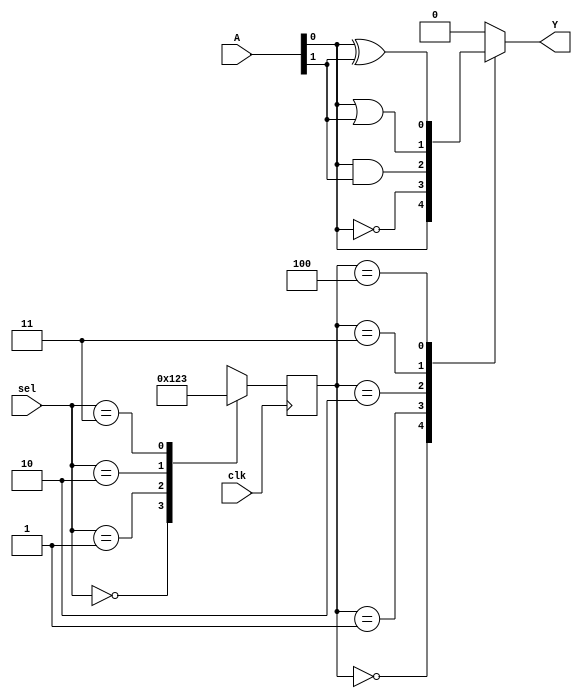
module CLB (
    input wire [3:0] A,        // 4-bit input
    input wire [1:0] sel,      // 2-bit select for LUT configuration
    input wire clk,            // Clock signal for control
    output wire Y              // Output
);

    // Internal signals
    wire [15:0] lut_out;       // LUT outputs for all combinations
    wire [3:0] lut_in;         // LUT inputs
    reg [3:0] lut_config;      // LUT configuration based on 'sel'
    reg Y_reg;                 // Registered output

    // LUT implementation
    always @(*) begin
        case (lut_config)
            4'b0000: lut_out = {A[3], A[2], A[1], A[0]}; // Identity
            4'b0001: lut_out = ~A;                     // NOT
            4'b0010: lut_out = A[0] & A[1];            // AND
            4'b0011: lut_out = A[0] | A[1];            // OR
            4'b0100: lut_out = A[0] ^ A[1];            // XOR
            // Additional configurations can be added here
            default: lut_out = 16'b0;                  // Default case
        endcase
    end

    // Control logic to set LUT configuration
    always @(posedge clk) begin
        case (sel)
            2'b00: lut_config <= 4'b0000; // Identity
            2'b01: lut_config <= 4'b0001; // NOT
            2'b10: lut_config <= 4'b0010; // AND
            2'b11: lut_config <= 4'b0011; // OR
            default: lut_config <= 4'b0000; // Default to Identity
        endcase
    end

    // Output logic
    always @(*) begin
        Y_reg = lut_out[0]; // For example, taking the first output of LUT
    end

    assign Y = Y_reg; // Assigning registered output to Y

endmodule